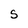
Character: s